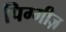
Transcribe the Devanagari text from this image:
पिग्गीज़